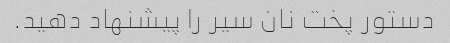
دستور پخت نان سیر را پیشنهاد دهید.